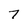
Character: 7